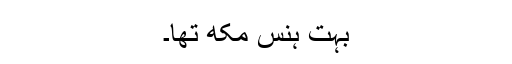
بہت ہنس مکھ تھا۔